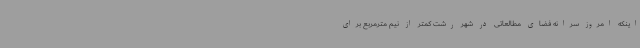
اینکه امروز سرانه فضای مطالعاتی در شهر رشت کمتر از نیم مترمربع برای